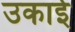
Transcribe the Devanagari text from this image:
उकाई